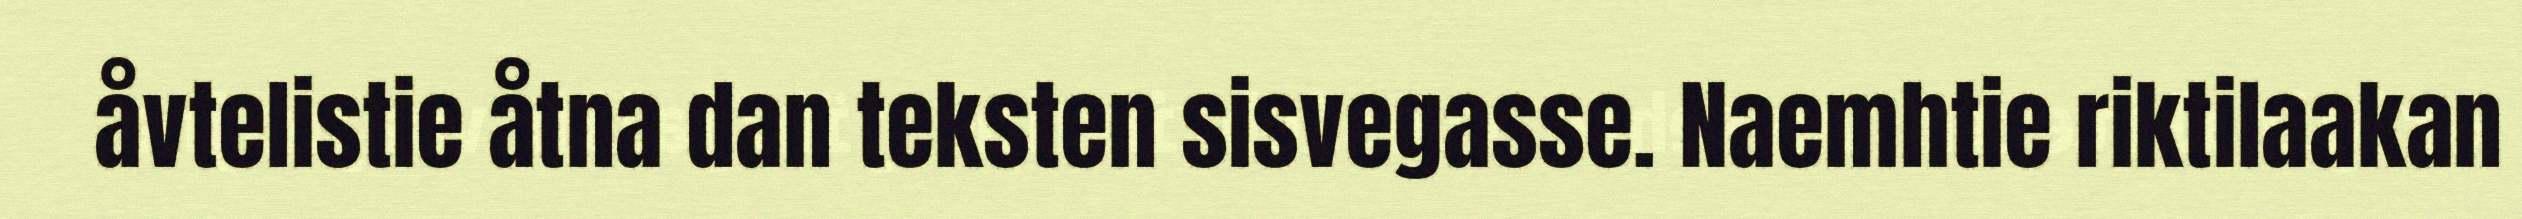
åvtelistie åtna dan teksten sisvegasse. Naemhtie riktilaakan